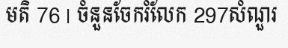
មតិ 76 | ចំនួនចែករំលែក 297សំណួរ